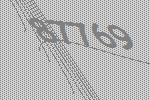
87769